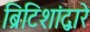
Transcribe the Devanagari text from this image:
ब्रिटिशांद्वारे